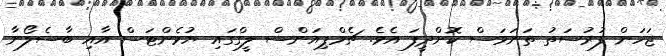
ޖަހަން ފުރުސަތު ތަނަވަސް ކޮށްދީފަ އެވެ. ޗެމްޕިއަންސް ލީގްގައި ޔުވެންޓަސް އާއި ބާސެލޯނާ